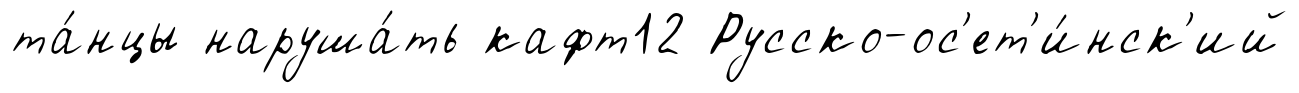
та́нцы наруша́ть кафт12 Русско-ос'ет'и́нск'ий